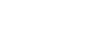
အဘကို